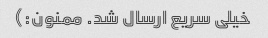
خیلی سریع ارسال شد. ممنون:)